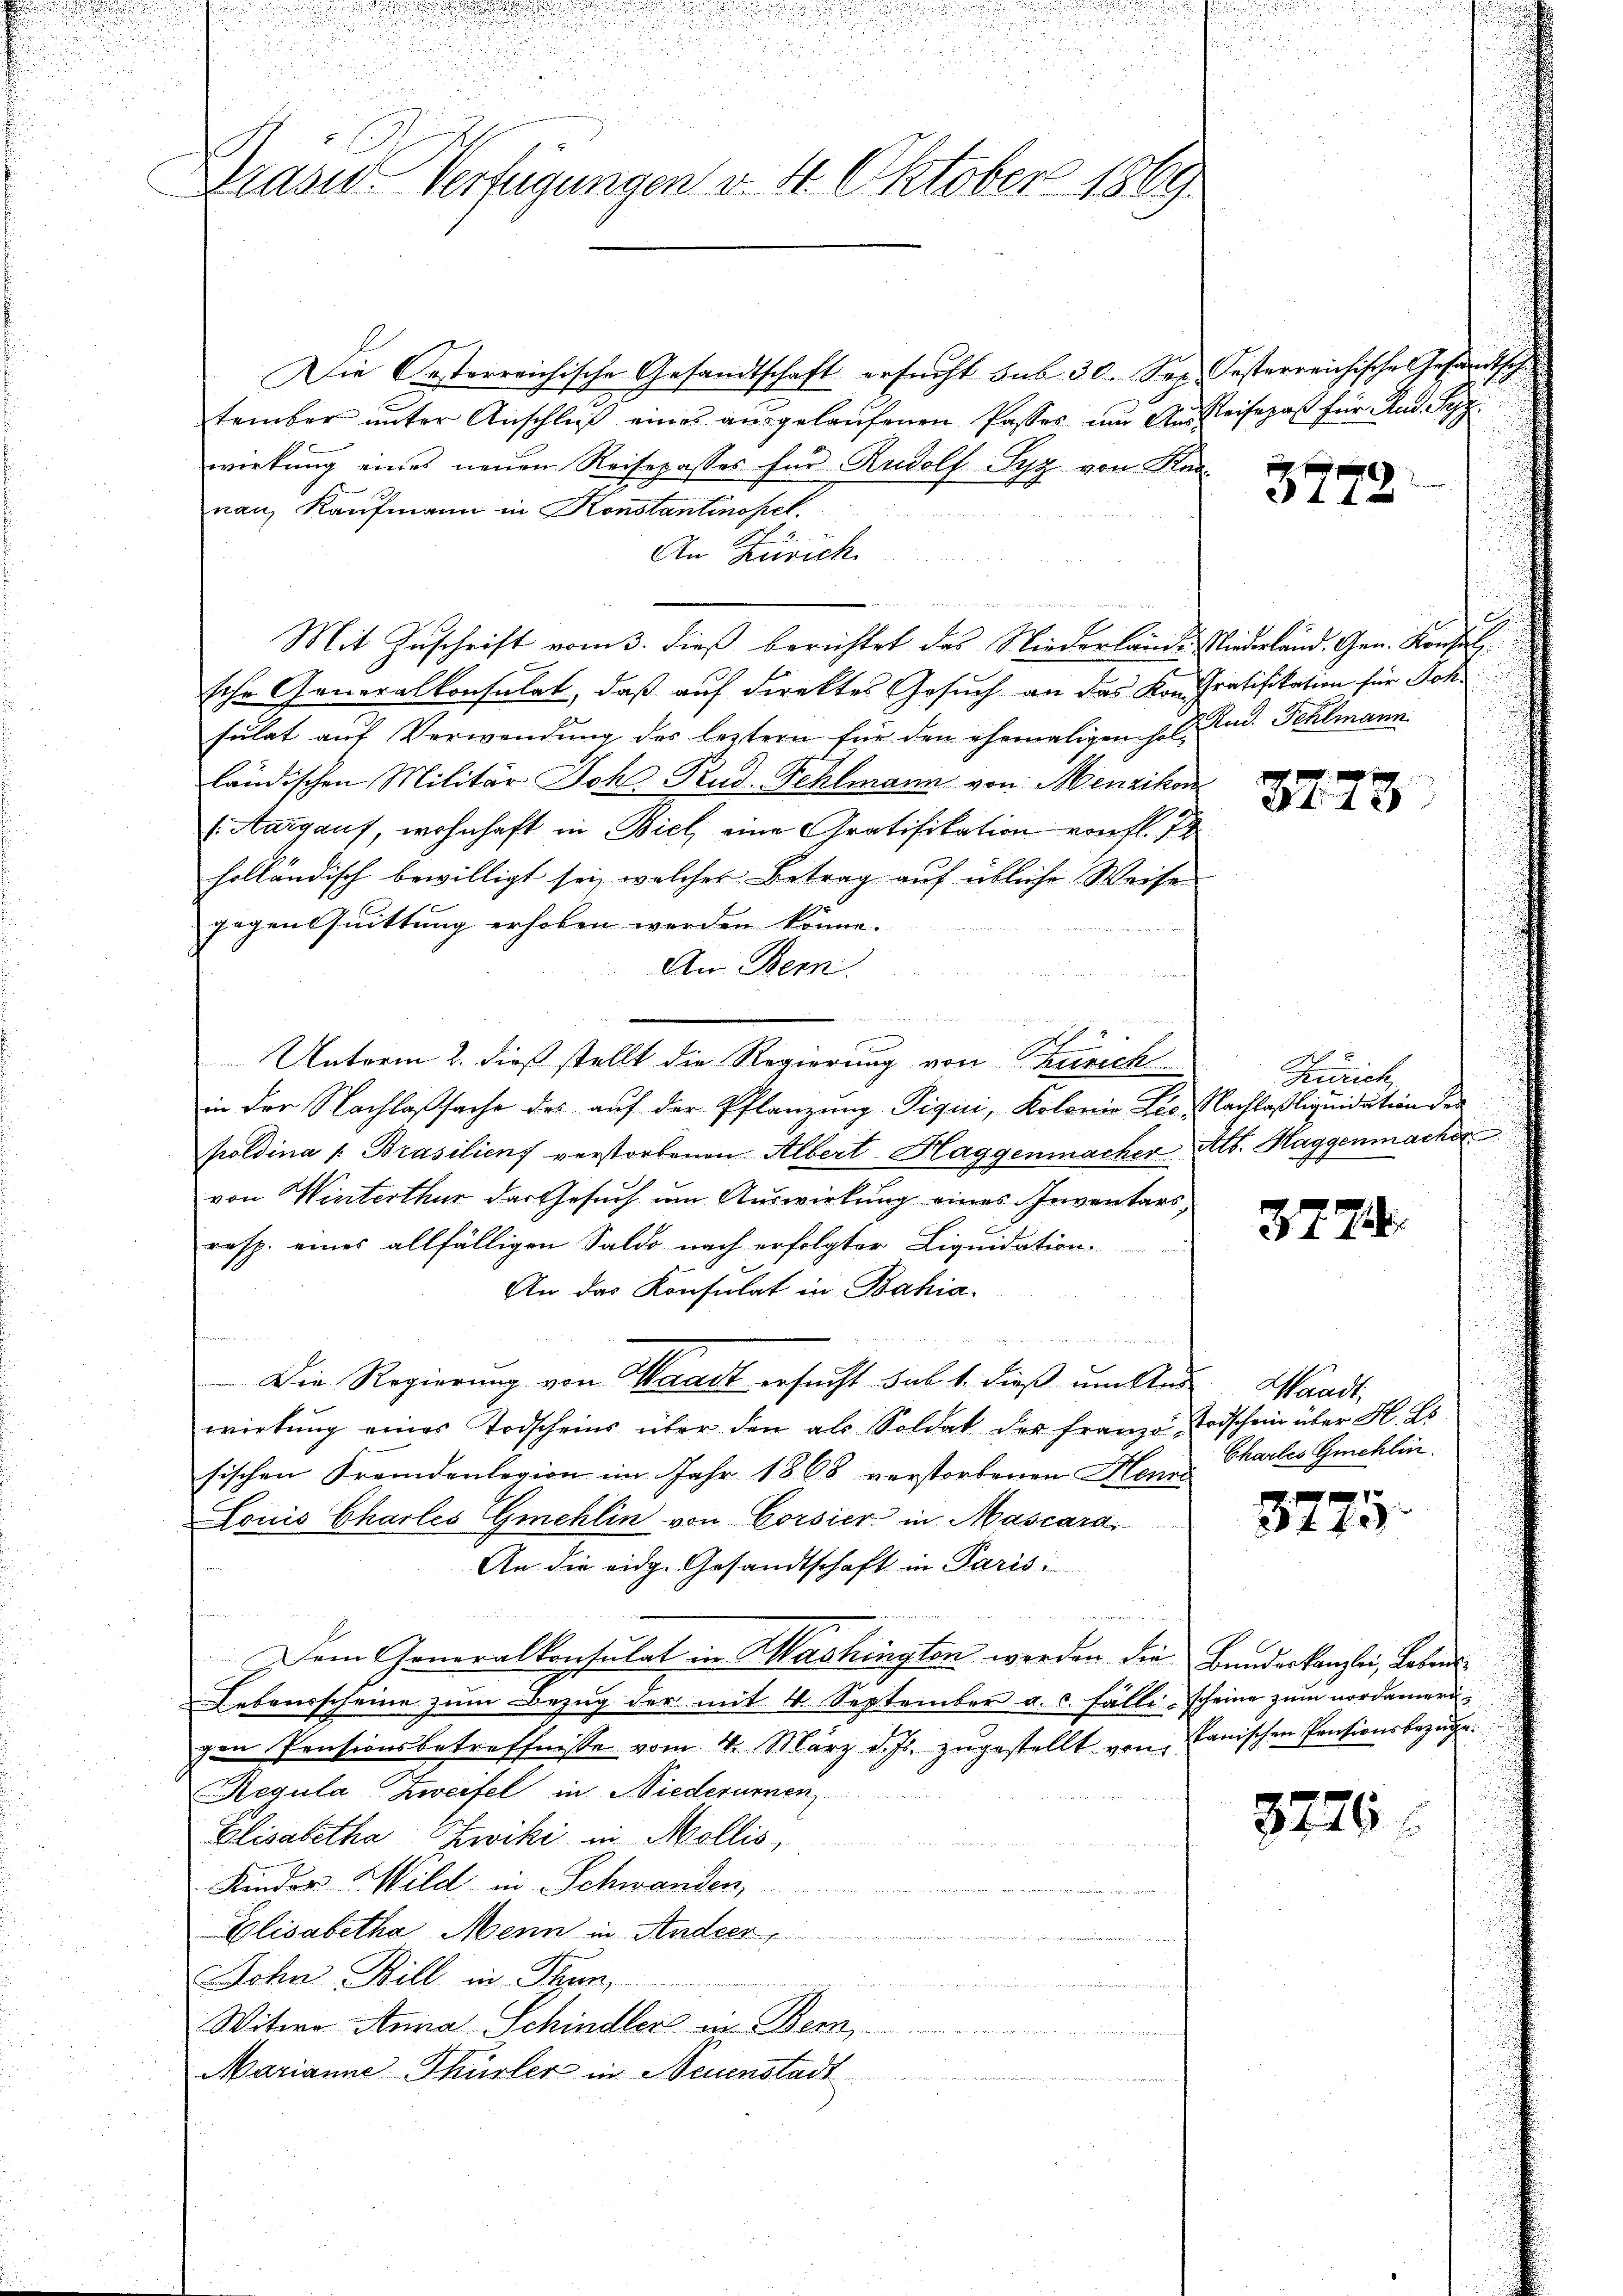
3
2
Draser Verfügungen v. 4. Oktober 1869.

Die Oesterreichische Gesandtschaft ersucht sub. 30. Sep. Festerreichische Gesandtsch
tember ŭnter Anschlŭβ eines aŭsgelaŭfenen Passes um An Reisepaß für Rud. Syz.
wirkung eines neuen Reisepasses für Rudolf Syz von Knanau, Kaufmann in Konstantinopel.
An Zürich.
Mit Zuschrift vom 3. dieß berichtet das Niederlände Niederland. Gen. Konsul
sche Generalkonsulat, daß auf direktes Gesuch an das Kon Gratifikation für Sohsulat auf Verwendung des leztern für den ehemaligen H. D. Rud. Fehlmann
ländischen Militär Joh. Rud. Fehlmann von Menzikon
Aargauf, wohnhaft in Biel eine Gratifikation von fl. 7
holländisch bewilligt sei, welches Betrag auf übliche Weise
gegen Quittung erhoben werden könne.
An Bern.

s
.
Unterm 2. dieß stellt die Regierung von Zürich
in der Nachlaßsache des auf der Pflanzung Piqui, Kolonia Leo Nachlaßliquidation der
poldina 1. Brasilienf verstorbenen Albert Haggenmacher Alb. Haggenmacher
von Winterthur das Gesuch um Auswirkung eines Inventars,
resp. eines allfälligen Saldo nach erfolgter Liquidation
An das Konsulat in Bahia-
Die Regierung von Waadt ersucht sub. 4. dieß um Ans
wirkŭng eines Todscheins über den als Soldat der Franze Todschein über H. Es
sischen Fremdenlegion im Jahr 1868 verstorbenen Henn
Louis Charles Gmehlin von Corsier in Mascara.
An die eidg. Gesandtschaft in Paris

Dem Generalkonsulat in Washingten werden die Bunderkanzlei, Leben
Lebensscheine zŭm Bezug der mit 4 September a. c. fälli-Scheine zum nordamerigen Pensionsbetreffnisse vom 4. März d. Js. zugestellt von Panischen Pentionsbezüge.
Regula Zweifel in Niederumen
Elisabetha Zwiki in Mollis,
Kinder Wild in Schwanden,
Elisabetha Menn in Andeer,
John Bill in Pann,
n
Witwe Anna Schindler in Bern,
Marianne Thürler in Neuenstadt

3772.

8778.

Zürich

3774.

Waadt,
Chartes Gmehlin

8775.

8725